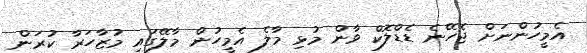
އެމީހުންނަށް ޖެހޭނެ ޑެޑްލޮކް ވާން މުޅި މާލެ އެމީހުން މާލޭގައި މުޒާހަރާ ކުރަން